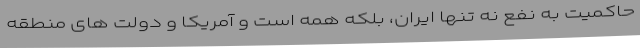
حاکمیت به نفع نه تنها ایران، بلکه همه است و آمریکا و دولت های منطقه